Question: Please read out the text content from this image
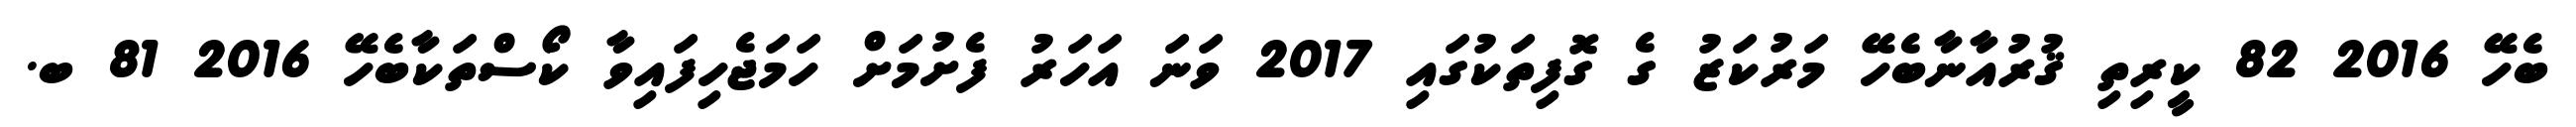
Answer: ބެހޭ 2016 82 ކީރިތި ޤުރުއާނާބެހޭ މަރުކަޒު ގެ ގޮފިތަކުގައި 2017 ވަނަ އަހަރު ފެށުމަށް ހަމަޖެހިފައިވާ ކޯސްތަކާބެހޭ 2016 81 ބ.